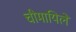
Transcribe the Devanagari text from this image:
चीमायिले